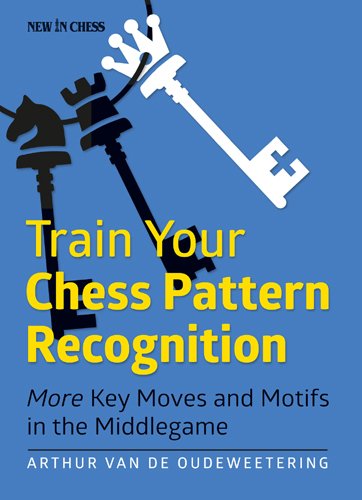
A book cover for Train Your Chess Pattern Recognition: More Key Moves & Motives in the Middlegame; International Master Arthur van de Oudeweetering; Humor & Entertainment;